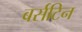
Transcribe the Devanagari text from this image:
बर्सटिन